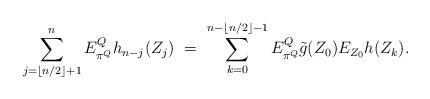
LaTeX: \begin{align*}\sum_{j=\lfloor n/2 \rfloor +1}^n E_{\pi^Q}^Q h_{n-j} (Z_j) \ = \ \sum_{k=0}^{n- \lfloor n/2 \rfloor -1} E_{\pi^Q}^Q \tilde g (Z_0) E_{Z_0} h (Z_k).\end{align*}